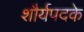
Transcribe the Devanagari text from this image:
शौर्यपदके